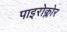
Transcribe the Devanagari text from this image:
पाइरोक्लोर